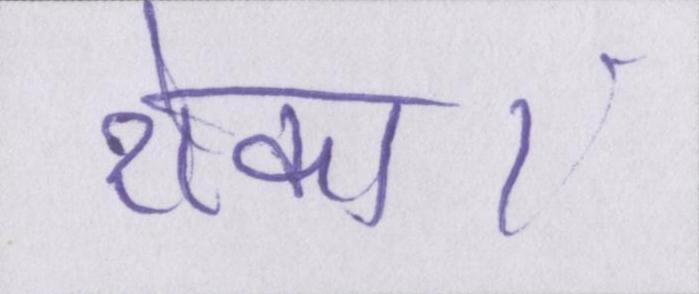
रोका।